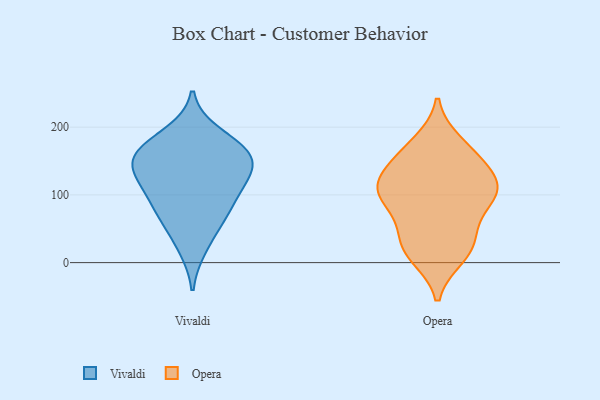
{"axis": {"x": "Demand Index", "y": "Value"}, "legend": ["Opera", "Vivaldi"], "data": [{"x": "", "y": 68, "type": "Vivaldi"}, {"x": "", "y": 163, "type": "Vivaldi"}, {"x": "", "y": 155, "type": "Vivaldi"}, {"x": "", "y": 131, "type": "Vivaldi"}, {"x": "", "y": 190, "type": "Vivaldi"}, {"x": "", "y": 106, "type": "Vivaldi"}, {"x": "", "y": 63, "type": "Vivaldi"}, {"x": "", "y": 140, "type": "Vivaldi"}, {"x": "", "y": 159, "type": "Vivaldi"}, {"x": "", "y": 120, "type": "Vivaldi"}, {"x": "", "y": 170, "type": "Vivaldi"}, {"x": "", "y": 22, "type": "Vivaldi"}, {"x": "", "y": 90, "type": "Vivaldi"}, {"x": "", "y": 110, "type": "Opera"}, {"x": "", "y": 165, "type": "Opera"}, {"x": "", "y": 16, "type": "Opera"}, {"x": "", "y": 64, "type": "Opera"}, {"x": "", "y": 31, "type": "Opera"}, {"x": "", "y": 97, "type": "Opera"}, {"x": "", "y": 93, "type": "Opera"}, {"x": "", "y": 150, "type": "Opera"}, {"x": "", "y": 140, "type": "Opera"}, {"x": "", "y": 10, "type": "Opera"}, {"x": "", "y": 32, "type": "Opera"}, {"x": "", "y": 113, "type": "Opera"}, {"x": "", "y": 109, "type": "Opera"}, {"x": "", "y": 108, "type": "Opera"}, {"x": "", "y": 176, "type": "Opera"}]}